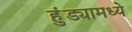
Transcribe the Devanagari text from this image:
हुंड्यामध्ये